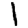
Digit: 1